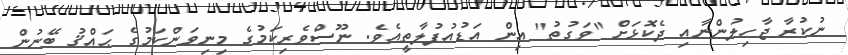
ނުކުރާ ޖާހިލުންނާއި ދެކޮޅަށް "ވަގުތު" އިން އަޑުއުފުލާތީއެވެ. ނޫސްވެރިކަމުގެ މިނިވަންކަމުގެ ޙައްޤު ބޭނުން